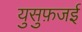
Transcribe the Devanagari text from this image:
युसुफ़जई